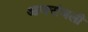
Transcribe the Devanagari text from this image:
आजरांजली